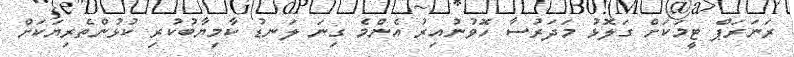
ރަނަރަޕް ޓީމަކަށް ގަލޮޅު މަދަރުސާ ހޮވުނުއިރު އެންމެ ގިނަ ލަނޑު ކާމިޔާބުކުރި ކުޅުންތެރިޔަކަށް